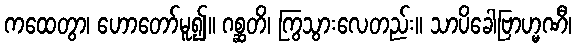
ကထေတွာ၊ ဟောတော်မူ၍။ ဂစ္ဆတိ၊ ကြွသွားလေတည်း။ သာပိခေါဗြာဟ္မဏီ၊